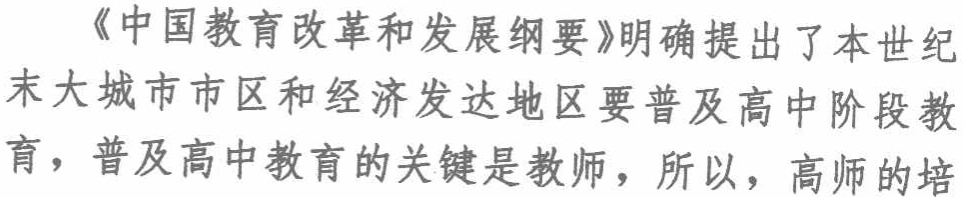
《中国教育改革和发展纲要》明确提出了本世纪末大城市市区和经济发达地区要普及高中阶段教育，普及高中教育的关键是教师，所以，高师的培